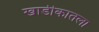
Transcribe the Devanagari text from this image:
खाडीकातला